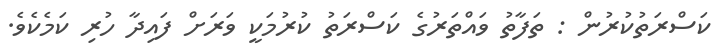
ކަސްރަތުކުރުން : ތަފާތު ވައްތަރުގެ ކަސްރަތު ކުރުމަކީ ވަރަށް ފައިދާ ހުރި ކަމެކެވެ.